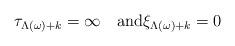
LaTeX: \begin{align*}\tau_{\Lambda(\omega)+k}=\infty \quad\hbox{and}\xi_{\Lambda(\omega)+k}=0\end{align*}